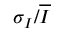
\sigma _ { I } / \overline { { I } }